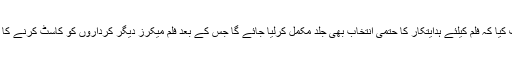
ذرائع نے مزید انکشاف کیا کہ فلم کیلئے ہدایتکار کا حتمی انتخاب بھی جلد مکمل کرلیا جائے گا جس کے بعد فلم میکرز دیگر کرداروں کو کاسٹ کرنے کا عمل شروع کریں گے۔